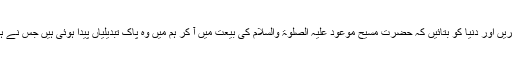
اپنے عمل سے ثابت کریں اور دنیا کو بتائیں کہ حضرت مسیح موعود علیہ الصلوۃ والسلام کی بیعت میں آ کر ہم میں وہ پاک تبدیلیاں پیدا ہوئی ہیں جس نے ہمیں خدا سے ملایا ہے۔